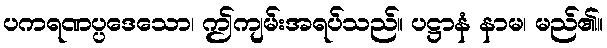
ပကရဏပ္ပဒေသော၊ ဤကျမ်းအရပ်သည်။ ပဋ္ဌာနံ နာမ၊ မည်၏။